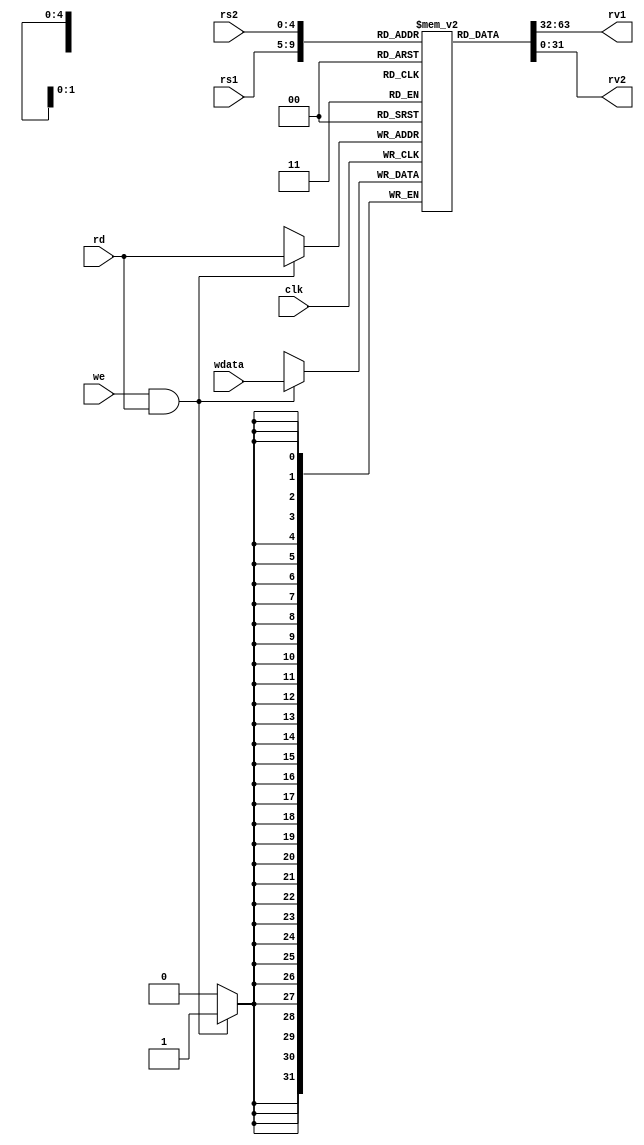
module regfile(
    input [4:0] rs1,     // address of first operand to read - 5 bits
    input [4:0] rs2,     // address of second operand
    input [4:0] rd,      // address of value to write
    input we,            // should write update occur
    input [31:0] wdata,  // value to be written
    output [31:0] rv1,   // First read value
    output [31:0] rv2,   // Second read value
    input clk            // Clock signal - all changes at clock posedge
);
    // Desired function
    // rv1, rv2 are combinational outputs - they will update whenever rs1, rs2 change
    // on clock edge, if we=1, regfile entry for rd will be updated

    reg [31:0] reg_arr [0:31]; // 32 registers each with 32 bits
    integer i; // to be used in for loop
    initial begin
        for(i = 0;i < 32;i = i+1) begin
            reg_arr[i] = {32{1'b0}}; // All 32 registers initialised to zero
        end
    end

    // Combinational circuit for reading values
    assign rv1 = reg_arr[rs1];
    assign rv2 = reg_arr[rs2];

    // Sequential circuit for writing value into register
    always @(posedge clk) begin
        if(we && rd) // register 0 hardwired to zero, so won't change
            reg_arr[rd] <= wdata;
    end

endmodule